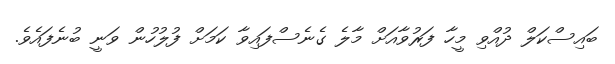
ބައިސްކަލް ދުއްވި މީހާ ފަރުވާއަށް މާލެ ގެނެސްފައިވާ ކަމަށް ފުލުހުން ވަނީ ބުނެފައެވެ.